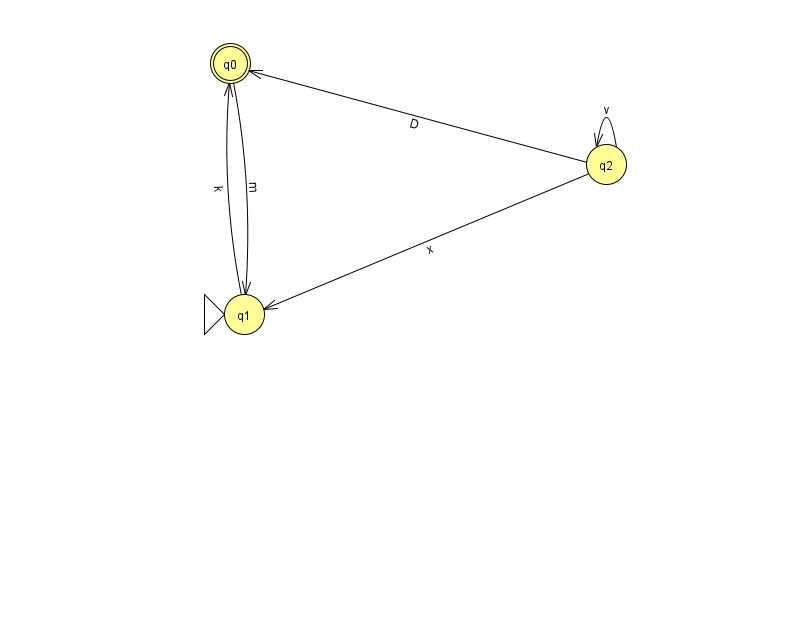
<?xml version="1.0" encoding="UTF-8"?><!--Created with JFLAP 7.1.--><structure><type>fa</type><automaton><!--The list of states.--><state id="0" name="q0"><x>230.0</x><y>50.0</y><final/></state><state id="1" name="q1"><x>244.0</x><y>301.0</y><initial/></state><state id="2" name="q2"><x>606.0</x><y>151.0</y></state><!--The list of transitions.--><transition><from>2</from><to>0</to><read>D</read></transition><transition><from>2</from><to>2</to><read>v</read></transition><transition><from>2</from><to>1</to><read>x</read></transition><transition><from>1</from><to>0</to><read>k</read></transition><transition><from>0</from><to>1</to><read>m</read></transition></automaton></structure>